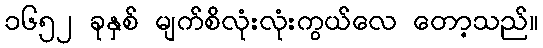
၁၆၅၂ ခုနှစ် မျက်စိလုံးလုံးကွယ်လေ တော့သည်။